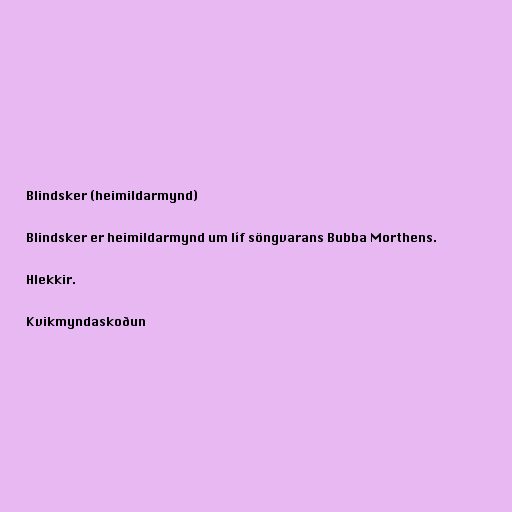
Blindsker (heimildarmynd)

Blindsker er heimildarmynd um líf söngvarans Bubba Morthens.

Hlekkir.

Kvikmyndaskoðun